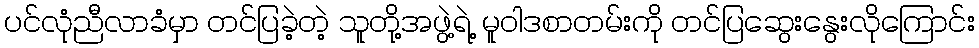
ပင်လုံညီလာခံမှာ တင်ပြခဲ့တဲ့ သူတို့အဖွဲ့ရဲ့ မူဝါဒစာတမ်းကို တင်ပြဆွေးနွေးလိုကြောင်း